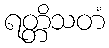
ရတ္တိသတံ